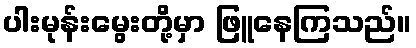
ပါးမုန်းမွေးတို့မှာ ဖြူနေကြသည်။